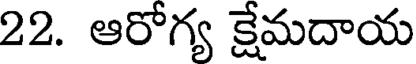
22. ఆరోగ్య క్షేమదాయ